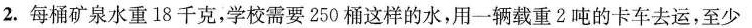
2.每桶矿泉水重18千克，学校需要250桶这样的水，用一辆载重2吨的卡车去运，至少